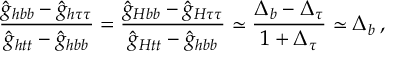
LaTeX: \frac { \hat { g } _ { h b b } - \hat { g } _ { h \tau \tau } } { \hat { g } _ { h t t } - \hat { g } _ { h b b } } = \frac { \hat { g } _ { H b b } - \hat { g } _ { H \tau \tau } } { \hat { g } _ { H t t } - \hat { g } _ { h b b } } \simeq \frac { \Delta _ { b } - \Delta _ { \tau } } { 1 + \Delta _ { \tau } } \simeq \Delta _ { b } \, ,